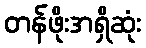
တန်ဖိုးအရှိဆုံး